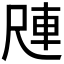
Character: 𪨑